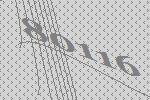
80116